Vaccination in the Punjab 1919-1929 - 1919-1929
Year: 1919
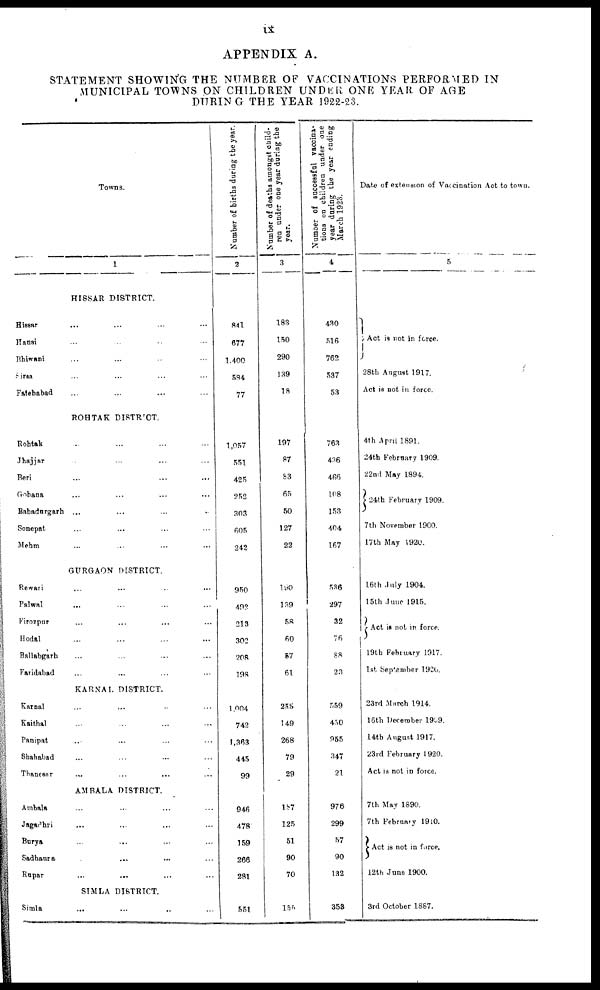
ix
APPENDIX A.
STATEMENT SHOWING THE NUMBER OF VACCINATIONS PERFORMED IN
MUNICIPAL TOWNS ON CHILDREN UNDER ONE YEAR OF AGE
DURING THE YEAR 1922-23.
Towns.
1
HISSAR DISTRICT.
Hissar ... ... ... ...
Hansi ... ... ... ...
Bhiwani ... ... ... ...
Sirsa ... ... ... ...
Fatehabad ... ... ... ...
ROHTAK DISTRICT.
Rohtak ... ... ... ...
Jhajjar ... ... ... ...
Beri ... ... ... ...
Gohana ... ... ... ...
Bahadurgarh ... ... ... ...
Sonepat ... ... ... ...
Mehm ... ... ... ...
GURGAON DISTRICT.
Rewari ... ... ... ...
Palwal ... ... ... ...
Firozpur ... ... ... ...
Hodal ... ... ... ...
Ballabgarh ... ... ... ...
Faridabad ... ... ... ...
KARNAL DISTRICT.
Karnal ... ... ... ...
Kaithal ... ... ... ...
Panipat ... ... ... ...
Shahabad ... ... ... ...
Thanesar ... ... ... ...
AMBALA DISTRICT.
Ambala ... ... ... ...
Jagadhri ... ... ... ...
Burya ... ... ... ...
Sadhaura ... ... ... ...
Rupar ... ... ... ...
SIMLA DISTRICT.
Simla ... ... ... ...
Number of births during the year.
2
841
677
1,400
584
77
1,057
551
425
252
303
605
242
950
492
213
302
208
198
1,004
742
1,363
445
99
946
478
159
266
281
551
Number of deaths amongst child-
ren under one year during the
year.
3
183
150
290
139
18
197
87
83
65
50
127
22
190
139
58
60
57
61
255
149
268
79
29
187
125
51
90
70
155
Number of successful vaccina-
tions on children under one
year during the year ending
March 1923.
4
430
516
762
537
53
763
436
466
108
153
404
167
536
297
32
76
88
23
559
450
955
347
21
976
299
57
90
132
353
Date of extension of Vaccination Act to town.
5
Act is not in force.
28th August 1917.
Act is not in force.
4th April 1891.
24th February 1909.
22nd May 1894.
24th February 1909.
7th November 1900.
17th May 1920.
16th July 1904.
15th June 1915.
Act is not in force.
19th February 1917.
1st September 1920.
23rd March 1914.
16th December 1909.
14th August 1917.
23rd February 1920.
Act is not in force.
7th May 1890.
7th February 1910.
Act is not in force.
12th June 1900.
3rd October 1887.